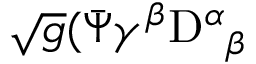
\sqrt { g } ( { \bar { \Psi } \gamma ^ { \beta } } \mathrm { D } ^ { \alpha } { } _ { \beta }